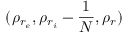
( \rho _ { r _ { e } } , \rho _ { r _ { i } } - \frac { 1 } { N } , \rho _ { r } )